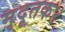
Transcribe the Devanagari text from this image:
मृदूतक४